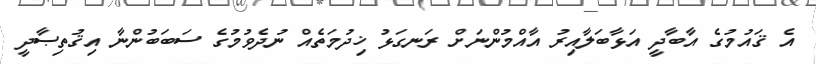
އެ ޤައުމުގެ އާބާދީ އަޅާބަލާއިރު އާއްމުންނަށް ރަނގަޅު ޚިދުމަތެއް ނުދެވުމުގެ ސަބަބުންނާ އިޤުތިޞާދީ